Source: Handwritten
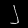
Digit: ၂ (2)